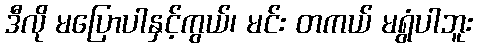
ဒီလို မပြောပါနှင့်ကွယ်၊ မင်း တကယ် မရွံပါဘူး